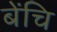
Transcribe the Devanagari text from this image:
बेंचि